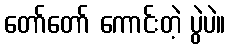
တော်တော် ကောင်းတဲ့ ပွဲပဲ။